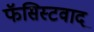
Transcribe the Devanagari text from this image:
फॅसिस्टवाद